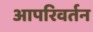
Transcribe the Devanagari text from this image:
आपरिवर्तन